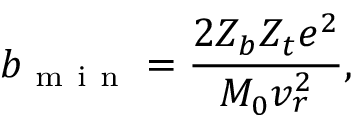
b _ { \mathrm { ~ m ~ i ~ n ~ } } = \frac { 2 Z _ { b } Z _ { t } e ^ { 2 } } { M _ { 0 } v _ { r } ^ { 2 } } ,